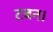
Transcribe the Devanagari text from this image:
टबन।